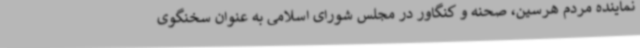
نماینده مردم هرسین، صحنه و کنگاور در مجلس شورای اسلامی به عنوان سخنگوی